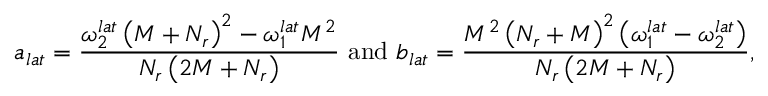
a _ { l a t } = \frac { \omega _ { 2 } ^ { l a t } \left( M + N _ { r } \right) ^ { 2 } - \omega _ { 1 } ^ { l a t } M ^ { 2 } } { N _ { r } \left( 2 M + N _ { r } \right) } \mathrm { ~ a n d ~ } b _ { l a t } = \frac { M ^ { 2 } \left( N _ { r } + M \right) ^ { 2 } \left( \omega _ { 1 } ^ { l a t } - \omega _ { 2 } ^ { l a t } \right) } { N _ { r } \left( 2 M + N _ { r } \right) } ,